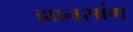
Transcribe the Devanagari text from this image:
ह्यानसांग